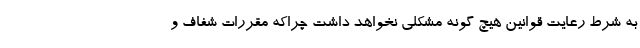
به شرط رعایت قوانین هیچ گونه مشکلی نخواهد داشت چراکه مقررات شفاف و